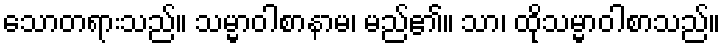
သောတရားသည်။ သမ္မာဝါစာနာမ၊ မည်၏။ သာ၊ ထိုသမ္မာဝါစာသည်။